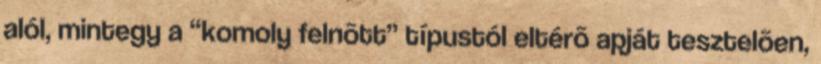
alól, mintegy a “komoly felnõtt” típustól eltérõ apját tesztelõen,